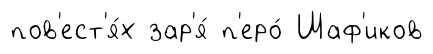
пов'ест'я́х зар'я́ п'еро́ Шаф'иков